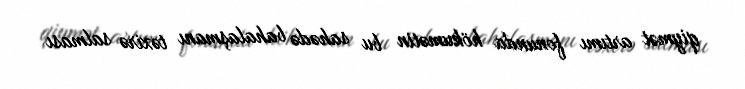
qiymət artımı fonunda hökumətin bu sahədə bahalaşmanı təxirə salması